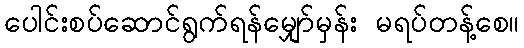
ပေါင်းစပ်ဆောင်ရွက်ရန်မျှော်မှန်း မရပ်တန့်စေ။